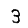
Digit: 3